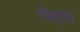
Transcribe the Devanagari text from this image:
सिएंते